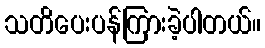
သတိပေးပန်ကြားခဲ့ပါတယ်။